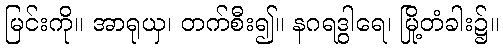
မြင်းကို။ အာရုယှ၊ တက်စီး၍။ နဂရဒွါရေ၊ မြို့တံခါး၌။